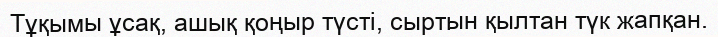
Тұқымы ұсақ, ашық қоңыр түсті, сыртын қылтан түк жапқан.